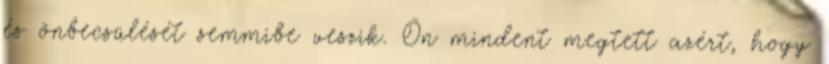
és önbecsülését semmibe veszik. Ön mindent megtett azért, hogy